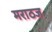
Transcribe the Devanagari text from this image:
मराठज